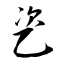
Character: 乲